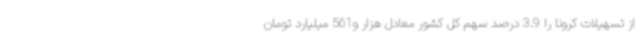
از تسهیلات کرونا را 3.9 درصد سهم کل کشور معادل هزار و561 میلیارد تومان